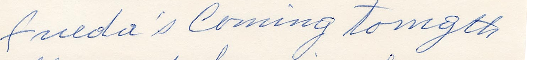
Freeda's coming tonight